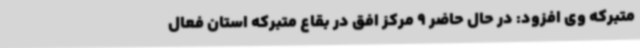
متبرکه وی افزود: در حال حاضر 9 مرکز افق در بقاع متبرکه استان فعال